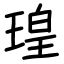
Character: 瑝